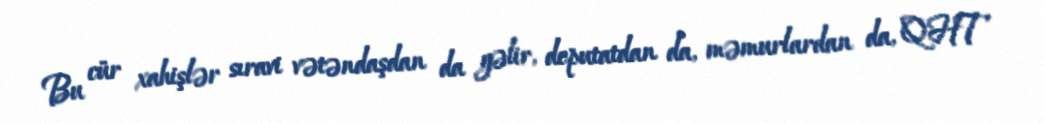
Bu cür xahişlər sıravi vətəndaşdan da gəlir, deputatdan da, məmurlardan da, QHT